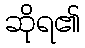
ဆိုရ၏